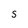
Character: S